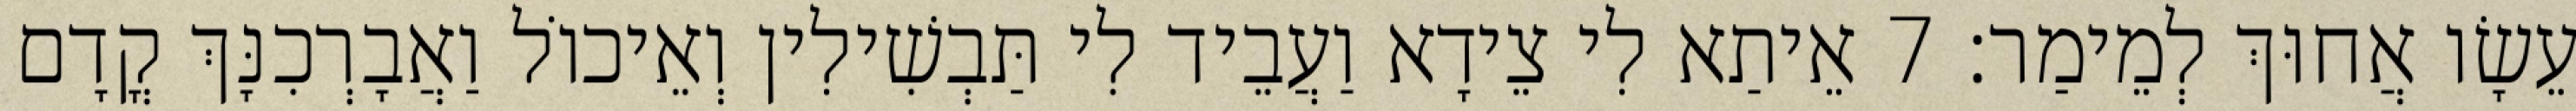
עֵשָׂו אֲחוּךְ לְמֵימַר׃ 7 אֵיתַא לִי צֵידָא וַעֲבֵיד לִי תַּבְשִׁילִין וְאֵיכוֹל וַאֲבָרְכִנָּךְ קֳדָם